Vaccine operations Central Provinces 1900-1911 - 1900-1911
Year: 1900
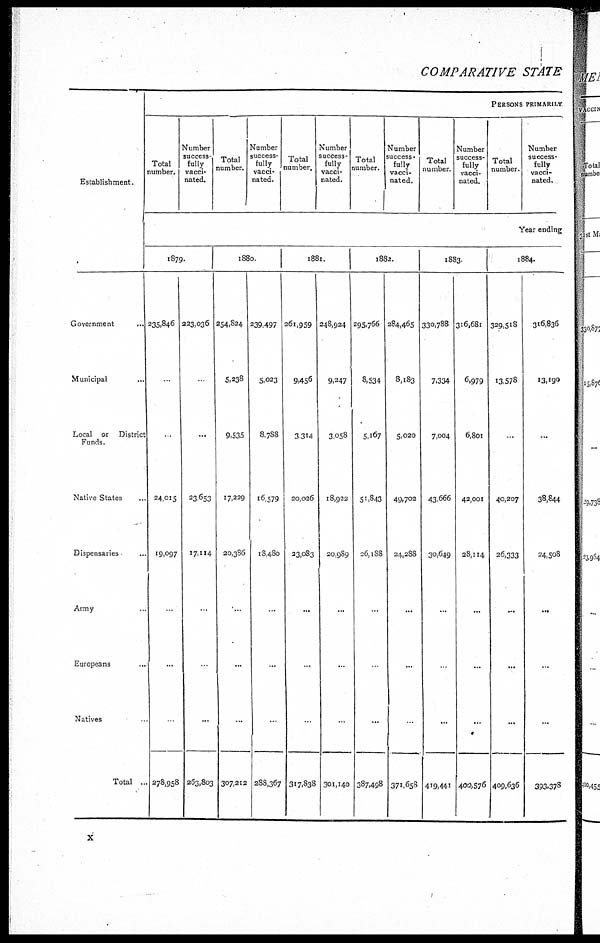
COMPARATIVE STATE
Establishment.
PERSONS PRIMARILY
Total
number.
Number
success-
fully
vacci-
nated.
Total
number.
Number
success-
fully
vacci-
nated.
Total
number.
Number
success-
fully
vacci-
nated.
Total
lumber.
Number
success-
fully
vacci-
nated.
Total
number.
Number
success-
fully
vacci-
nated.
Total
number.
Number
success-
fully
vacci-
nated.
Year ending
Government...
Municipal...
Local or District
Funds.
Native States...
Dispensaries...
Army
Europeans...
Natives
Total...
1879.
235,846
..
.
24,015
19,097
.
...
.
278,958
223,036
.
...
23,653
17,114
...
...
263,803
1880
254,824
5,238
9,535
17,229
20,386
...
...
...
307,212
239,497
5,023
8,788
16,579
18,480
..
...
...
288,367
1881.
261,959
9,456
3,314
20,026
23,083
...
...
..
317,838
248,924
9,247
3,058
18,922
20,989
...
...
.
301,140
1882.
295,766
8,534
5,167
51,843
26,188
...
.
...
387,498
284,465
8,183
5,020
49,702
24,288
...
...
.
371,658
1883.
330,788
7,334
7,004
43,666
30,649
..
...
419,441
316,681
6,979
6,801
42,001
28,114
...
...
...
400,576
1884.
329,518
13,578
..
40,207
26,333
...
...
...
409,636
316,836
13,190
...
38,844
24,508
...
...
...
393,378
x